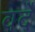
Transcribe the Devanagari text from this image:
वर्देे